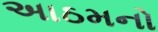
અાઠમનો